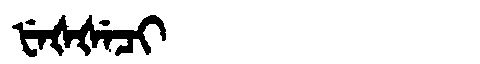
Manchu: ᡶᡝᡧᡧᡝᠴᡳ
Romanization: FEŠŠECI